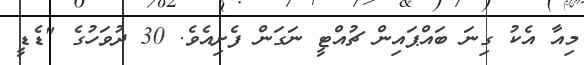
މިއާ އެކު ގިނަ ބައްޕައިން ޗުއްޓީ ނަގަން ފެށިއެވެ. 30 ދުވަހުގެ "ޑެޑީ